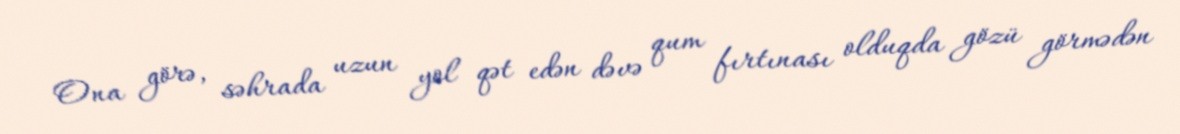
Ona görə, səhrada uzun yol qət edən dəvə qum fırtınası olduqda gözü görmədən